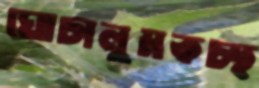
ঘোচালুমকচ্ছ